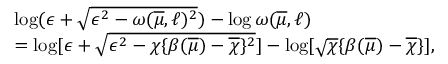
\begin{array} { r l } & { \log ( { \epsilon } + \sqrt { { \epsilon } ^ { 2 } - \omega ( \overline { { \mu } } , \ell ) ^ { 2 } } ) - \log \omega ( \overline { { \mu } } , \ell ) } \\ & { = \log [ { \epsilon } + \sqrt { { \epsilon } ^ { 2 } - \chi \{ \beta ( \overline { { \mu } } ) - \overline { { \chi } } \} ^ { 2 } } ] - \log [ \sqrt \chi \{ \beta ( \overline { { \mu } } ) - \overline { { \chi } } \} ] , } \end{array}